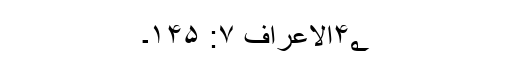
۴؂الاعراف ۷: ۱۴۵۔